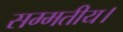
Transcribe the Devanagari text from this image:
सम्मतीय।